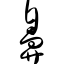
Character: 鼻